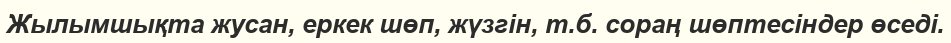
Жылымшықта жусан, еркек шөп, жүзгін, т.б. сораң шөптесіндер өседі.